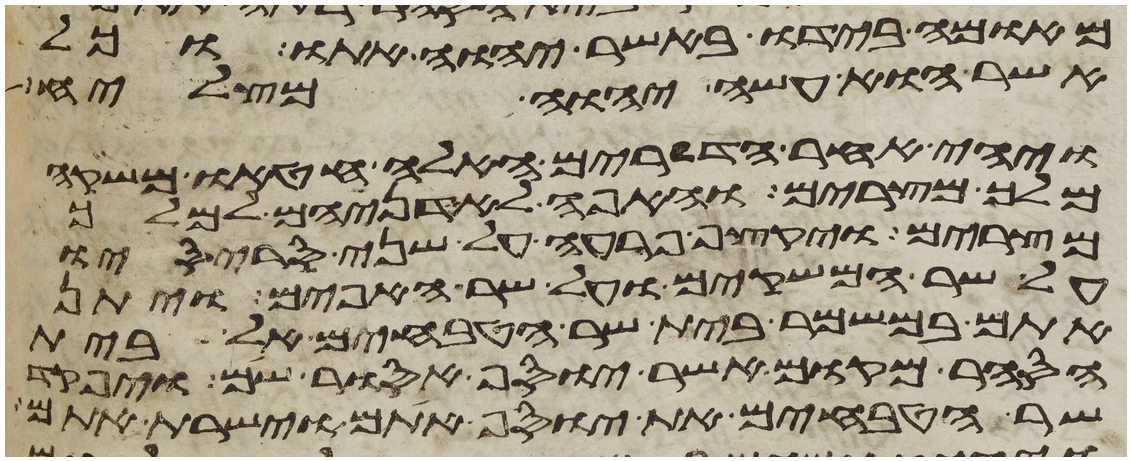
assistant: מאומה בידו באשר יהוה אתו וכל
אשר הוא עשה יהוה מצליח
ויהי אחר הדברים האלה חטאו משקה
מלך מצרים והאפה לאדניהם למלך
מצרים ויקצף פרעה על שני סריסיו
על שר המשקים ועל שר האפים ויתן
אתם במשמר בית שר הטבחים אל בית
הסחר מקום אשר יוסף אסור שם ויפקד
שר הטבחים את יוסף אתם וישרת אתם